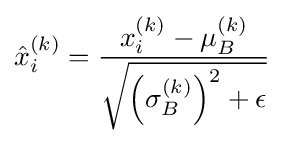
{\hat {x}}_{i}^{(k)}={\frac {x_{i}^{(k)}-\mu _{B}^{(k)}}{\sqrt {\left(\sigma _{B}^{(k)}\right)^{2}+\epsilon }}}